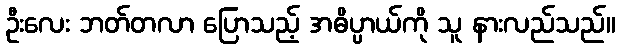
ဦးလေး ဘတ်တလာ ပြောသည့် အဓိပ္ပာယ်ကို သူ နားလည်သည်။